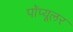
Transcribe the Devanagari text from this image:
पॉप्यूलर